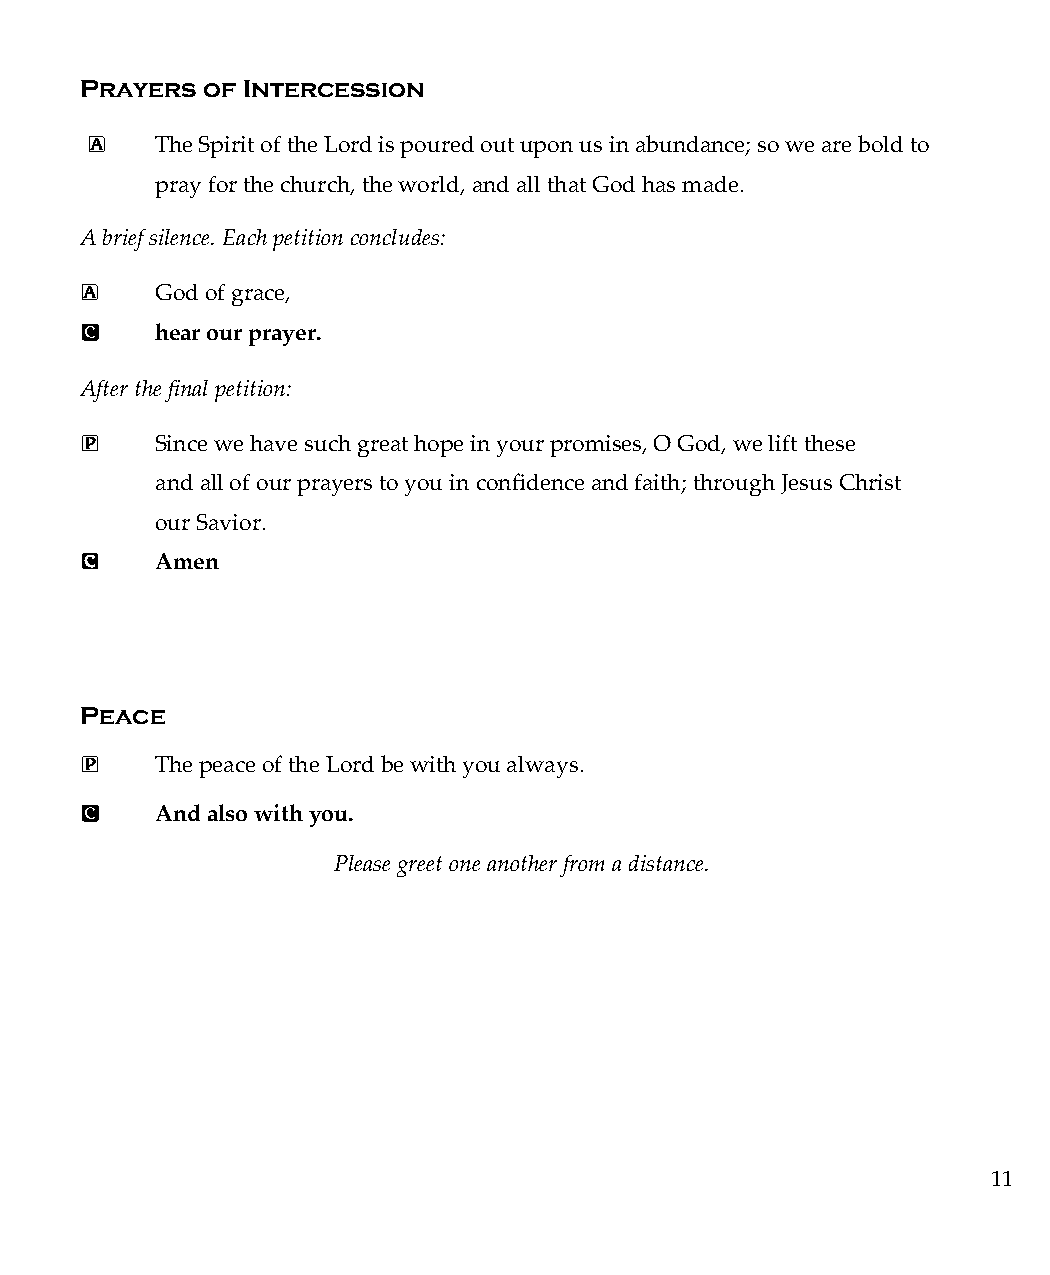
Prayers of Intercession
 A   The Spirit of the Lord is poured out upon us in abundance; so we are bold to
 pray for the church, the world, and all that God has made.
 A brief silence. Each petition concludes:
 A    God of grace,
 C    hear our prayer.
 After the final petition:
 P    Since we have such great hope in your promises, O God, we lift these
 and all of our prayers to you in confidence and faith; through Jesus Christ
 our Savior.
 C    Amen
 Peace
 P    The peace of the Lord be with you always.
 C    And also with you.
 Please greet one another from a distance.
 11